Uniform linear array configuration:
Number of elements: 32
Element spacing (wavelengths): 0.25
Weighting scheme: uniform
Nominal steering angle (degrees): -45
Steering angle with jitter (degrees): -43.36
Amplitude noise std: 0.05
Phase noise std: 0.05

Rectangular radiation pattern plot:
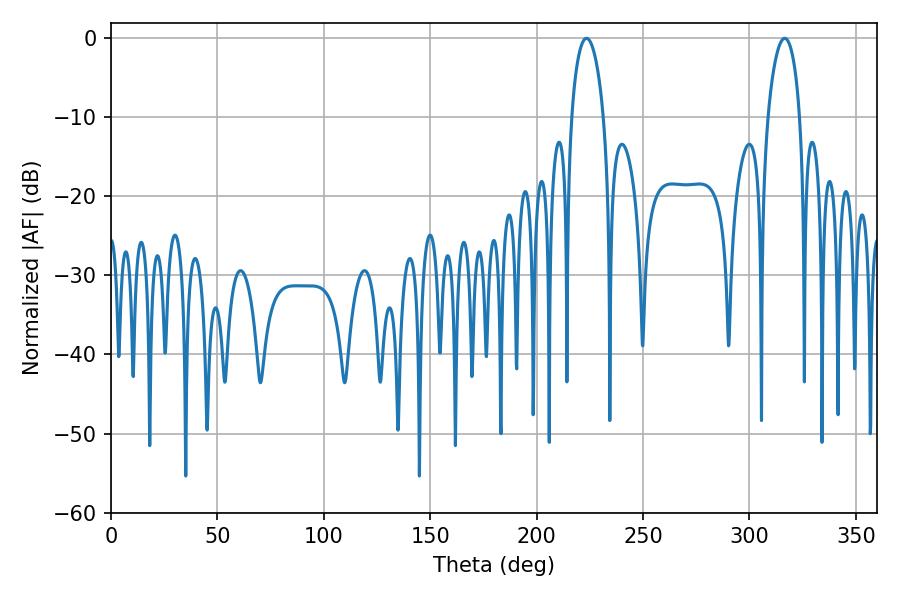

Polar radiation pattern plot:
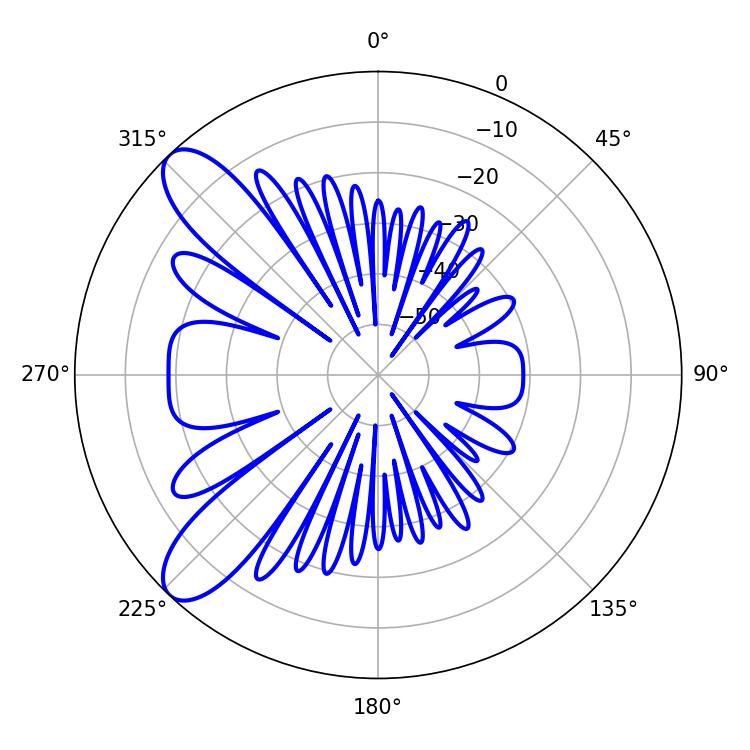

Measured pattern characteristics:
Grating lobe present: FALSE
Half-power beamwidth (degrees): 8.64
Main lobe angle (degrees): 223.38